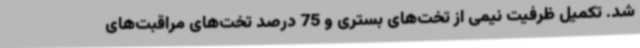
شد. تکمیل ظرفیت نیمی از تخت‌های بستری و 75 درصد تخت‌های مراقبت‌های